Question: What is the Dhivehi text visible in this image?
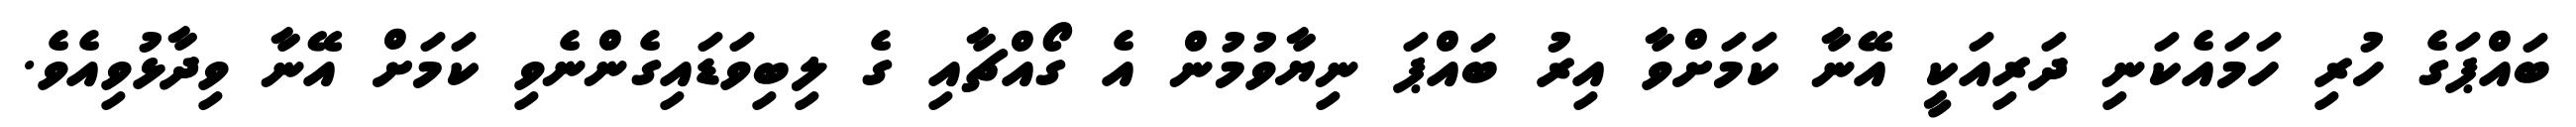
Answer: ބައްޕަގެ ހުރި ހަމައެކަނި ދަރިއަކީ އޭނާ ކަމަށްވާ އިރު ބައްޕަ ނިޔާވުމުން އެ ގޯއްޗާއި ގެ ލިބިވަޑައިގެންނެވި ކަމަށް އޭނާ ވިދާޅުވިއެވެ.